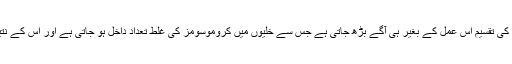
تاہم اس دوا کی وجہ سے خلیوں کی تقسیم اس عمل کے بغیر ہی آگے بڑھ جاتی ہے جس سے خلیوں میں کروموسومز کی غلط تعداد داخل ہو جاتی ہے اور اس کے نتیجے میں وہ ناکام ہو جاتے ہیں۔